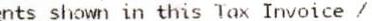
ENTS SHOWN IN THIS TAX INVOICE /